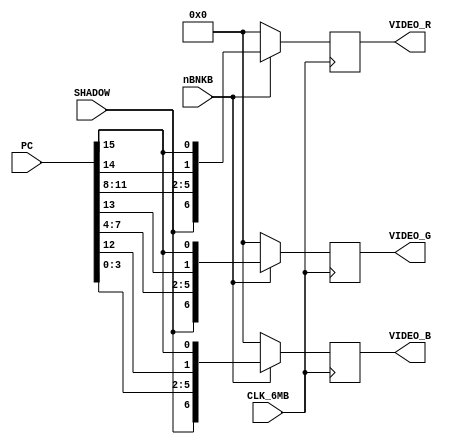
// NeoGeo logic definition (simulation only)
// Copyright (C) 2018 Sean Gonsalves
//
// This program is free software: you can redistribute it and/or modify
// it under the terms of the GNU General Public License as published by
// the Free Software Foundation, either version 3 of the License, or
// (at your option) any later version.
//
// This program is distributed in the hope that it will be useful,
// but WITHOUT ANY WARRANTY; without even the implied warranty of
// MERCHANTABILITY or FITNESS FOR A PARTICULAR PURPOSE.  See the
// GNU General Public License for more details.
//
// You should have received a copy of the GNU General Public License
// along with this program.  If not, see <https://www.gnu.org/licenses/>.

`timescale 1ns/1ns

module videout(
	input CLK_6MB,
	input nBNKB,
	input SHADOW,
	input [15:0] PC,
	output reg [6:0] VIDEO_R,
	output reg [6:0] VIDEO_G,
	output reg [6:0] VIDEO_B
);
	
	// Color data latch/blanking
	always @(posedge CLK_6MB)
	begin
		VIDEO_R <= nBNKB ? {SHADOW, PC[11:8], PC[14], PC[15]} : 7'b0000000;
		VIDEO_G <= nBNKB ? {SHADOW, PC[7:4], PC[13], PC[15]} : 7'b0000000;
		VIDEO_B <= nBNKB ? {SHADOW, PC[3:0], PC[12], PC[15]} : 7'b0000000;
	end
	
endmodule